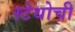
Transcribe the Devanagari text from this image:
स्टेथोची